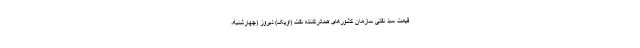
قیمت سبد نفتی سازمان کشورهای صادرکننده نفت (اوپک) دیروز (چهارشنبه،